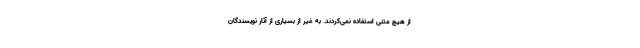
از هیچ متنی استفاده نمی‌کردند. به غیر از بسیاری از آثار نویسندگان